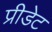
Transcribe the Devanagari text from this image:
प्रीडेट